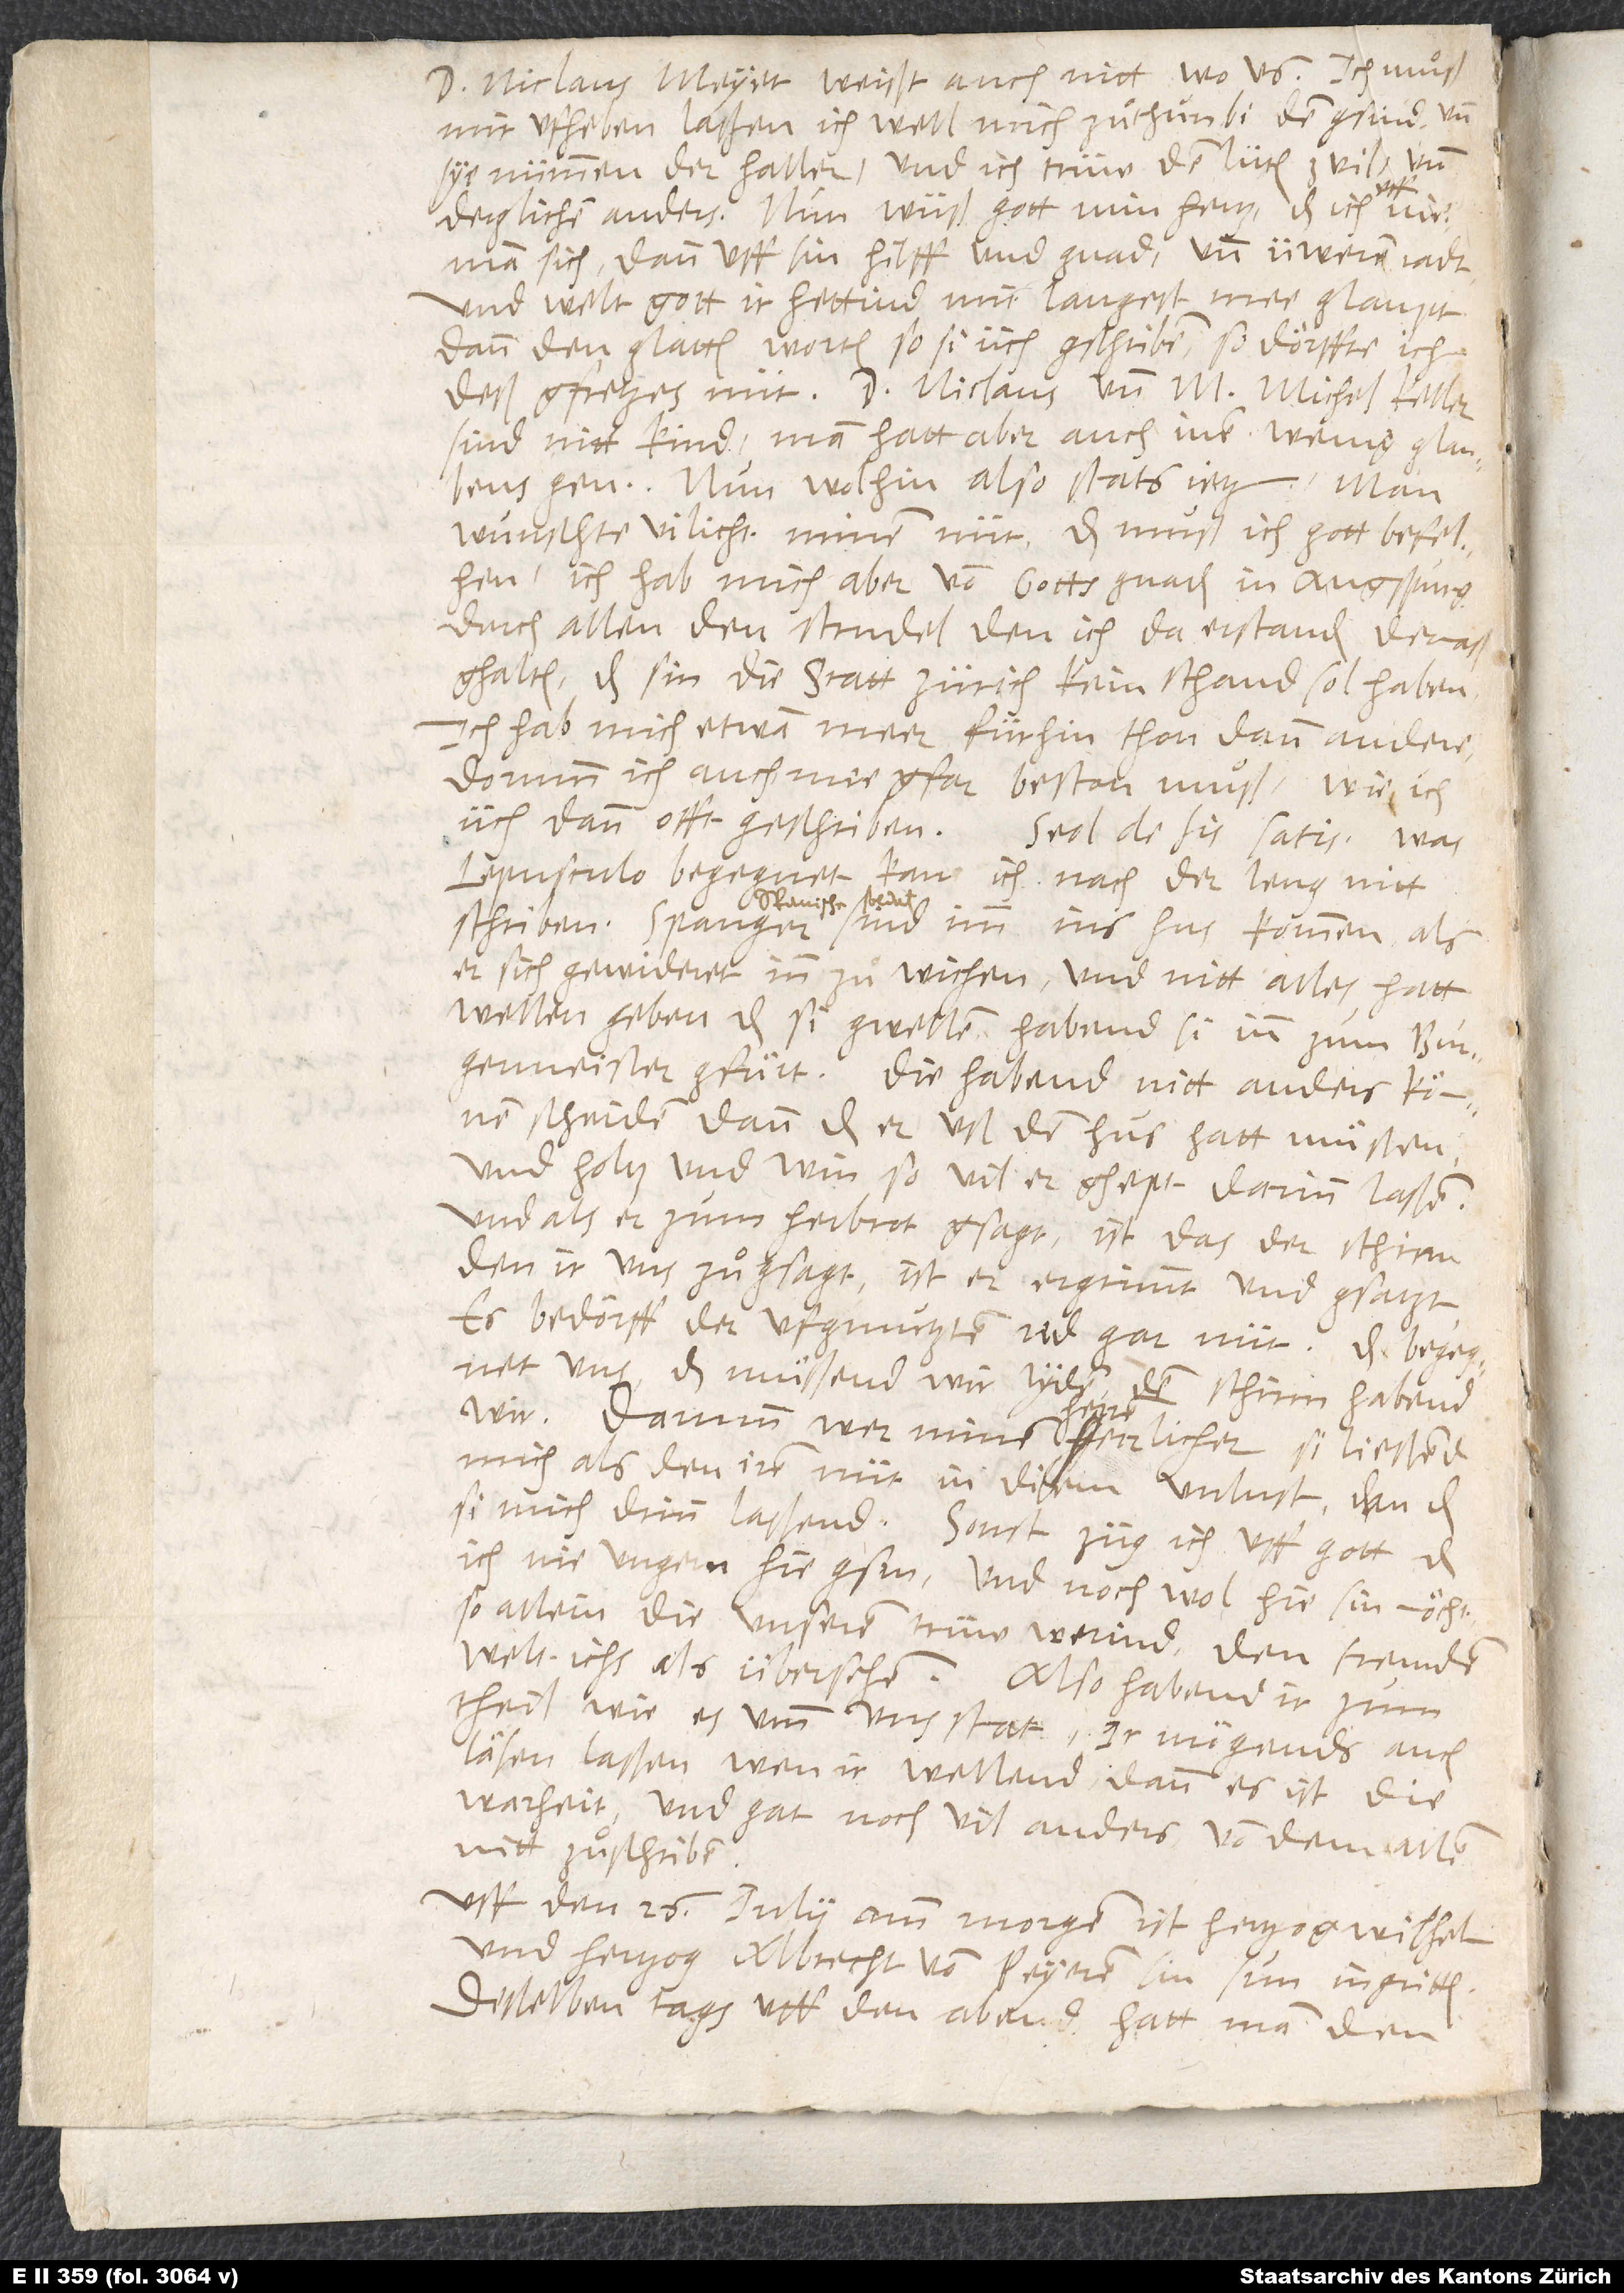
D. Niclaus Meyer weißt auch nitt wo us. Ich muͦß
mir ufheben laßen, ich well mich zuͦthun bi dem gsind; und
sye nümmen der Haller; und ich trüw den lüten zvil; und
derglichen anders. Nun wüß gott min hertz, das ich uff nieman
sich, dann uff sin hilff und gnad und üweren radt.
Und welt gott, ir hettind mir langest mee glaupt
dan den glatten worten, so si üch gschriben. So dörffte ich
deß gfretzes nüt. D. Niclaus und m. Michel Keller
sind nitt kind. Man hatt aber auch inen wenig glauben
gen. Nun wolhin! Also stats jetz. Man
wunschte vilicht minen nüt; das muͦß ich gott befelhen.
Ich hab mich aber von gottsgnaden in Augspurg
durch allen den strudel, den ich da erstanden, dermaß
ghalten, das sin die statt Zürich kein schand sol haben.
Ich hab mich etwan meer fürhin thon dann andere;
dorumm ich auch mee gfar beston muͦß, wie ich
üch dann offt geschriben. Sed de his satis. Was
Lepusculo begegnet, kan ich nach der leng nitt
schriben. Spanger sind imm ins hus kommen. Als
er sich gewideret, inn zuͦ wichen, und nitt alles hatt
wellen geben, das si gwellen, habend si inn zum burgermeister
gfuͤrt. Die habend nitt anders können
scheiden, dann das er uß dem hus hatt muͤssen
und holtz und win, so vil er ghept, darinn laßen.
Und als er zum Herbrot gsagt: „Ist das der schirm,
den ir uns zuͦgsagt?“, ist er ergrimmt und gsagt,
es bedörff der ufgmutzten red gar nüt. Das begegnet
uns! Das muͤßend wir lyden! Den schirm habend
wir! Darumb wer minen herren eerrlicher, si ließend
mich als den iren nüt in disem unlust, dan das
si mich drinn laßend. Sonst züg ich uff gott, das
ich nie ungern hie gsin und noch wol hie sin möcht,
so allein die unseren trüw werind. Den fremden
welt ichs als übersehen. Also habend ir zum
theil, wie es umb uns stat. Ir mögends auch
läsen laßen, wen ir wellend, dann es ist die
warheit. Und gat noch vil anders, von dem allem
nitt zuͦ schriben.
Uff den 26. iulii amm morgen ist hertzog Wilhelm
und hertzog Albrecht von Peyeren sin sun ingritten.
Desselben tags uff den abend hatt man den